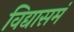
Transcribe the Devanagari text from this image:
विद्यासमं